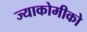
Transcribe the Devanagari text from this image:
ज्याकोमीको